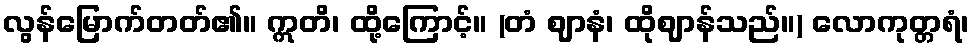
လွန်မြောက်တတ်၏။ ဣတိ၊ ထို့ကြောင့်။ (တံ ဈာနံ၊ ထိုဈာန်သည်။) လောကုတ္တရံ၊